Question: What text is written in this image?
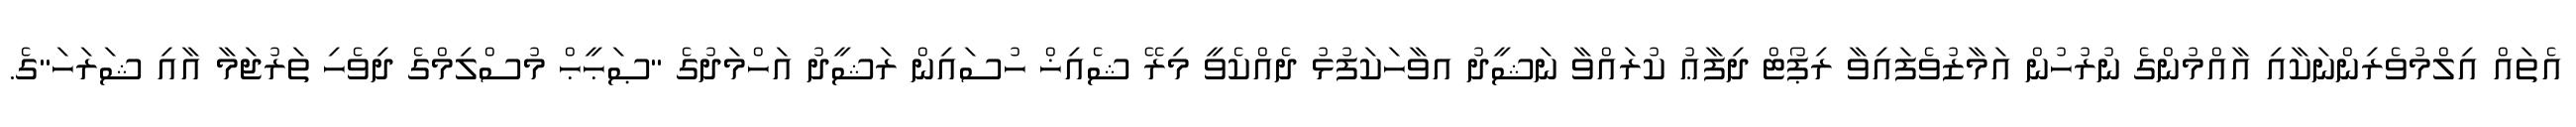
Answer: އެތައް އިލްމުވެރިންނަކާއި އާއްމުންގެ ނުރުހުން އަމާޒުވެފައިވާ ރިޕޯޓް ދިފާޢު ކުރައްވާ ނަޝީދު އވާހަކަފުޅު ދެއްކެވީ މިރޭ ޝެއިޚް ހުސައިން ރަޝީދު އަހްމަދުގެ "ޞަޙީޙް މުސްލިމްގެ ދިވެހި ތަރުޖަމާ އާއި ޝަރަހަ"ގެ.